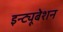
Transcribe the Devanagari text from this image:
इन्ट्यूबेशन